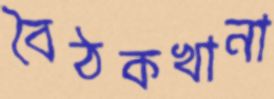
বৈঠকখানা